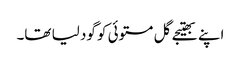
اپنے بھتیجے گل مستوئی کو گود لیا تھا۔